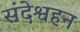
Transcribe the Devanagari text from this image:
संदेश्वहन